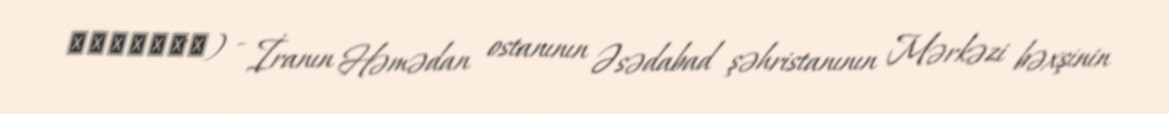
ملهمدره) - İranın Həmədan ostanının Əsədabad şəhristanının Mərkəzi bəxşinin